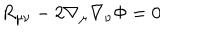
R _ { \mu \nu } - 2 \nabla _ { \mu } \nabla _ { \nu } \Phi = 0